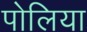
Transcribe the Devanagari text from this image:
पोलिया